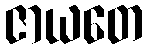
ဇာယတေ